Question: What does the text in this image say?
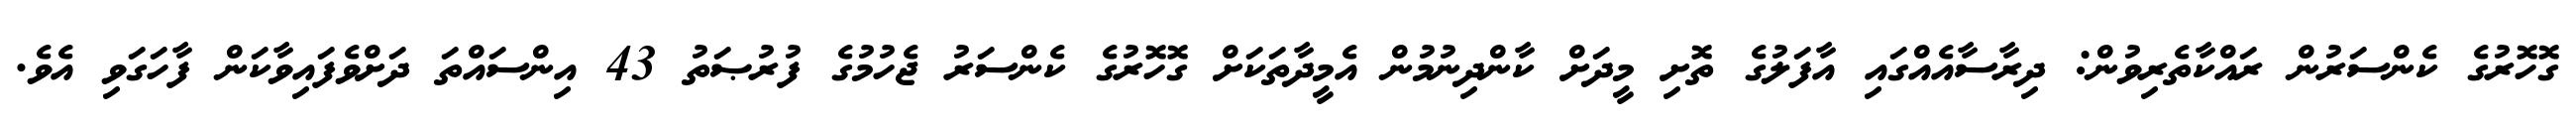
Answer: ގޮހޮރުގެ ކެންސަރުން ރައްކާތެރިވުން: ދިރާސާއެއްގައި އާފަލުގެ ތޮށި މީދަށް ކާންދިނުމުން އެމީދާތަކަށް ގޮހޮރުގެ ކެންސަރު ޖެހުމުގެ ފުރުޞަތު 43 އިންސައްތަ ދަށްވެފައިވާކަން ފާހަގަވި އެވެ.